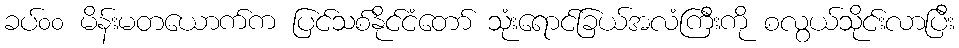
ခပ်၀၀ မိန်းမတယောက်က ပြင်သစ်နိုင်ငံတော် သုံးရောင်ခြယ်အလံကြီးကို စလွယ်သိုင်းလာပြီး